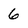
Character: 6